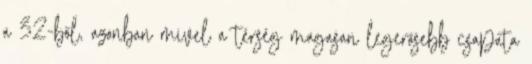
a 32-ből, azonban mivel a térség magasan legerősebb csapata